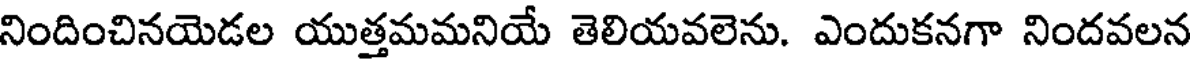
నిందించినయెడల యుత్తమమనియే తెలియవలెను. ఎందుకనగా నిందవలన